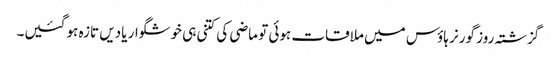
گزشتہ روز گورنر ہاؤس میں ملاقات ہوئی تو ماضی کی کتنی ہی خوشگوار یادیں تازہ ہو گئیں۔